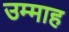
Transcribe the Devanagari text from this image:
उम्माह